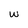
Character: w